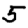
Digit: 5